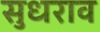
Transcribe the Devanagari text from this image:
सुधराव